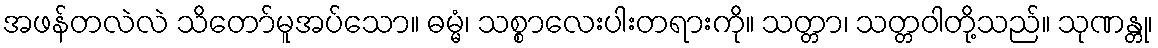
အဖန်တလဲလဲ သိတော်မူအပ်သော။ ဓမ္မံ၊ သစ္စာလေးပါးတရားကို။ သတ္တာ၊ သတ္တဝါတို့သည်။ သုဏန္တု၊